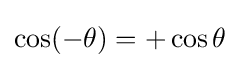
\cos(-\theta )=+\cos \theta